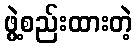
ဖွဲ့စည်းထားတဲ့